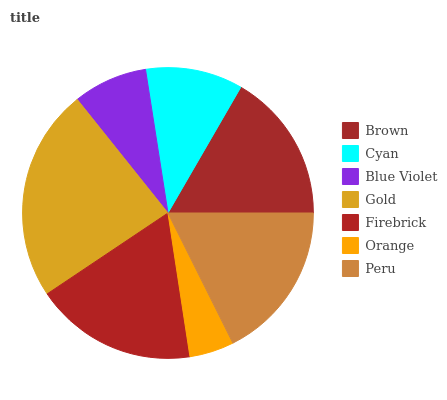
| Brown | Cyan | Blue Violet | Gold | Firebrick | Orange | Peru |
 | --- | --- | --- | --- | --- | --- | --- |
 | 16.7% | 10.8% | 8.25% | 23.7% | 18% | 4.94% | 17.6% |